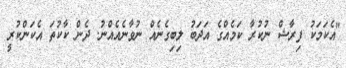
"އެކަމަކު ފިރާޝް ނުކުރާ ކަމެއްގެ އަދަބު ލިބިގެނެއް ނުވާނެއެއްނު. ދެން ކާކުތަ އެކަންކުރީ